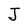
Character: J